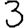
Digit: 3